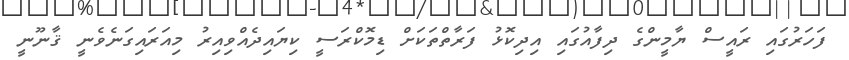
ފަހަރުގައި ރައީސް ޔާމީންގެ ދިފާއުގައި އިދިކޮޅު ފަރާތްތަކަށް ޑިމޮކްރަސީ ކިޔައިދެއްވިއިރު މިއަރައިގަނެވެނީ ޤާނޫނީ